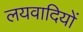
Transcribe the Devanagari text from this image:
लयवादियों